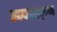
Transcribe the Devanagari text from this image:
स्फ्फ्ज्ख्ग्ज